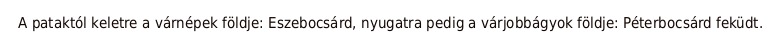
A pataktól keletre a várnépek földje: Eszebocsárd, nyugatra pedig a várjobbágyok földje: Péterbocsárd feküdt.